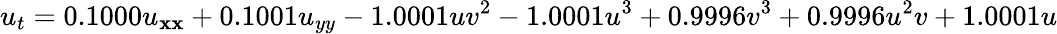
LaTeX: u_{t}=0.1000u_{\mathbf{x}\mathbf{x}}+0.1001u_{yy}-1.0001uv^{2}-1.0001u^{3}+0.9996v^{3}+0.9996u^{2}v+1.0001u